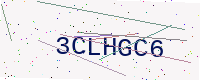
Text: 3CLHGC6